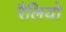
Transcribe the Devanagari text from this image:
रैलियो